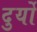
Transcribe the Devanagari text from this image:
दुर्यो